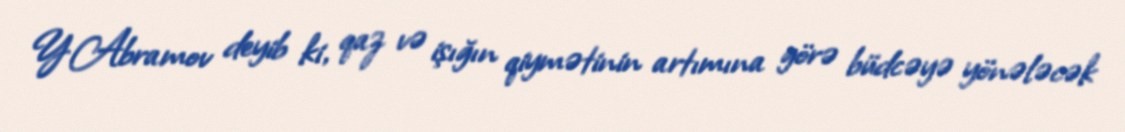
Y.Abramov deyib ki, qaz və işığın qiymətinin artımına görə büdcəyə yönələcək